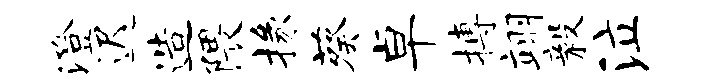
澄迟造隈掾葵卓搏翊毅泣